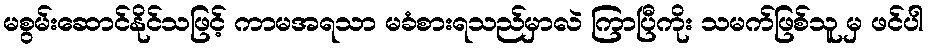
မစွမ်းဆောင်နိုင်သဖြင့် ကာမအရသာ မခံစားရသည်မှာလဲ ကြာပြီကိုး သမက်ဖြစ်သူ မှ ဖင်ပါ